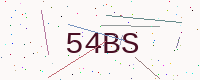
Text: 54BS